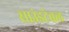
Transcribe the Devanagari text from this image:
साउंडटेबल